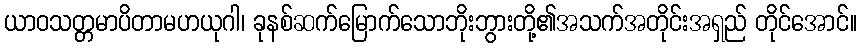
ယာဝသတ္တမာပိတာမဟယုဂါ၊ ခုနစ်ဆက်မြောက်သောဘိုးဘွားတို့၏အသက်အတိုင်းအရှည် တိုင်အောင်။